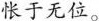
怅于无位。